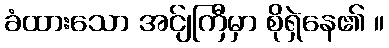
ခံထားသော အင်ျကြီမှာ စိုရှဲနေ၏ ။